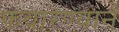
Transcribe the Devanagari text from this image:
फवारण्याने